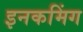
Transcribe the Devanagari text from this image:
इनकमिंग